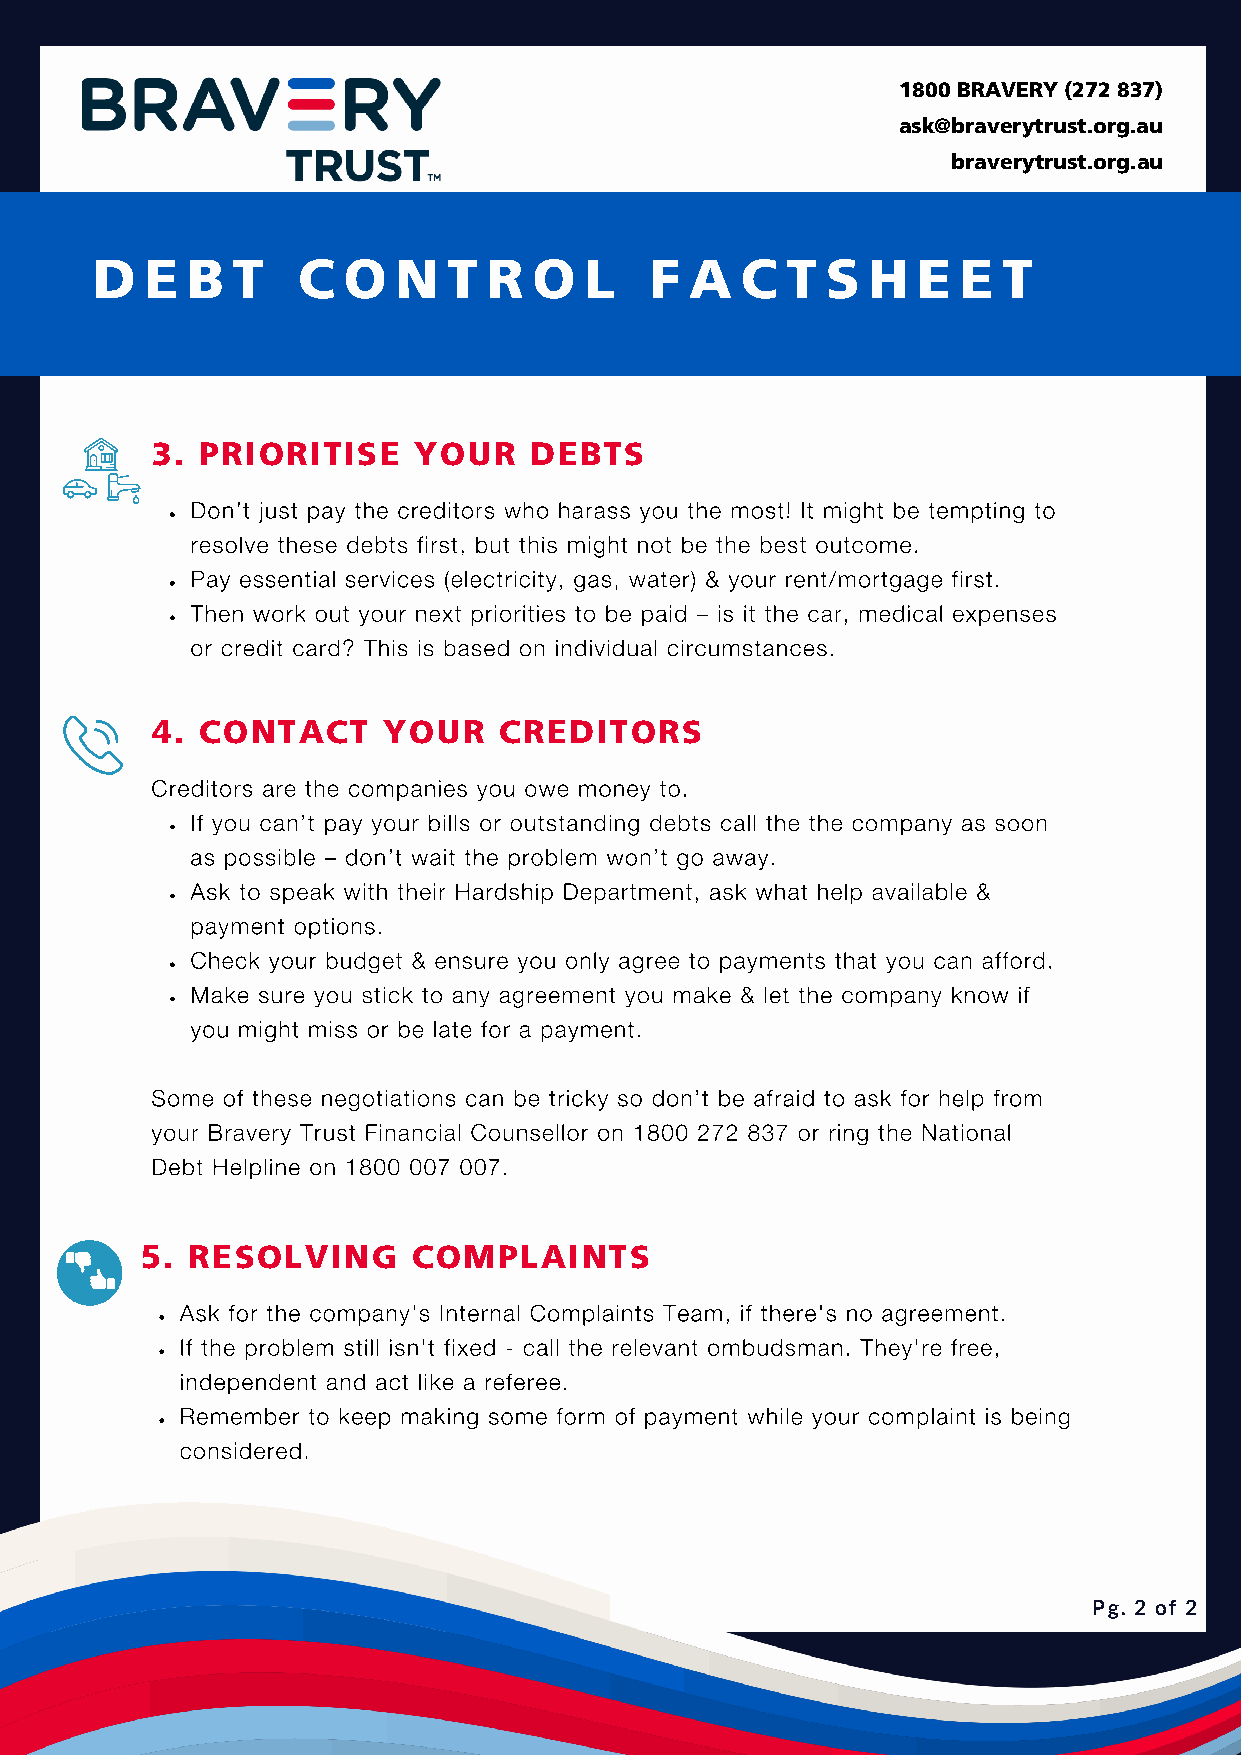
1800 BRAVERY (272 837)
 ask@braverytrust.org.au
 braverytrust.org.au
 D   E B  T    C  O  N   T R  O   L   F  A  C  T  S H   E  E T
 3. PRIORITISE    YOUR    DEBTS
 Don’t just pay the creditors who harass you the most! It might be tempting to
 resolve these debts first, but this might not be the best outcome.
 Pay essential services (electricity, gas, water) & your rent/mortgage first.
 Then work out your next priorities to be paid – is it the car, medical expenses
 or credit card? This is based on individual circumstances.
 4. CONTACT     YOUR    CREDITORS
 Creditors are the companies you owe money to.
 If you can’t pay your bills or outstanding debts call the the company as soon
 as possible – don’t wait the problem won’t go away.
 Ask to speak with their Hardship Department, ask what help available &
 payment options.
 Check your budget & ensure you only agree to payments that you can afford.
 Make sure you stick to any agreement you make & let the company know if
 you might miss or be late for a payment.
 Some of these negotiations can be tricky so don’t be afraid to ask for help from
 your Bravery Trust Financial Counsellor on 1800 272 837 or ring the National
 Debt Helpline on 1800 007 007.
 5. RESOLVING      COMPLAINTS
 Ask for the company's Internal Complaints Team, if there's no agreement.
 If the problem still isn't fixed - call the relevant ombudsman. They're free,
 independent and act like a referee.
 Remember to keep making some form of payment while your complaint is being
 considered.
 Pg. 2 of 2